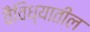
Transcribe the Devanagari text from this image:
वैविध्यातील